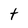
Character: t